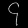
Digit: ၄